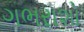
ગભરાશો